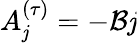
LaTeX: A_{\mathit{j}}^{(\tau)}=-\mathcal{{B}}\mathit{j}